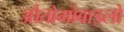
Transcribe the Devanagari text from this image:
औतोमोबाइलों